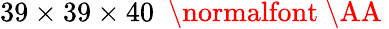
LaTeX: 39\times 39\times 40~\mathrm{~\normalfont~\AA~}